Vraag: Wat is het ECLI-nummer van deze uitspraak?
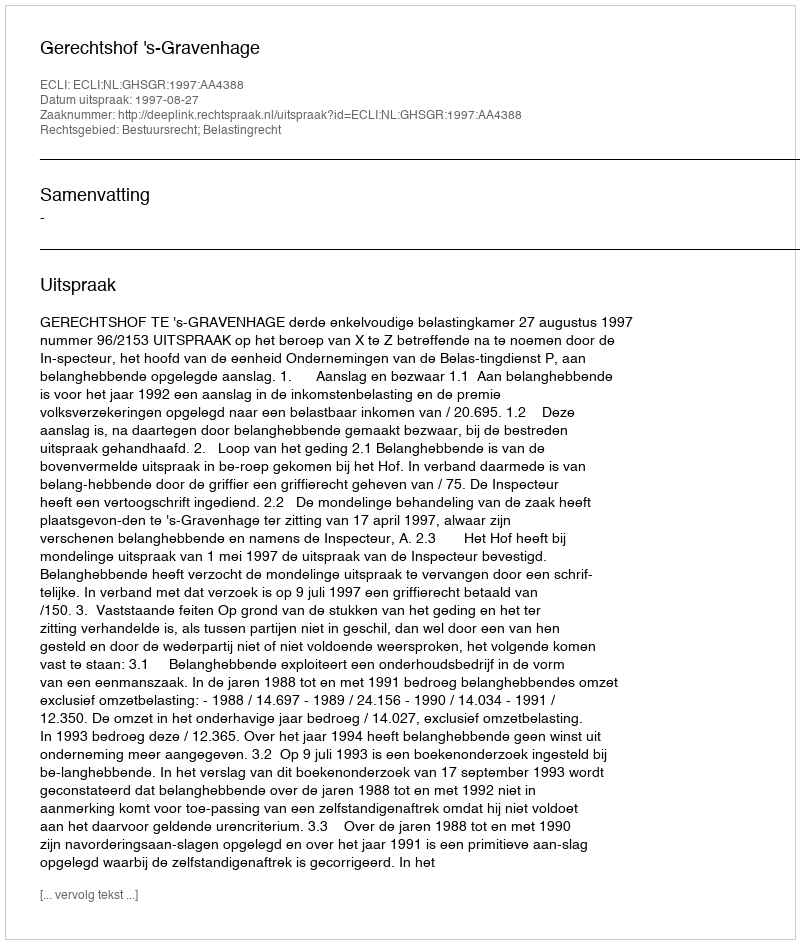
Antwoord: ECLI:NL:GHSGR:1997:AA4388